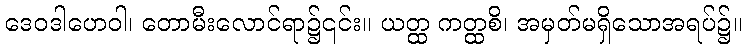
ဒေဝဒါဟေဝါ၊ တောမီးလောင်ရာ၌၎င်း။ ယတ္ထ ကတ္ထစိ၊ အမှတ်မရှိသောအရပ်၌။